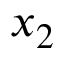
x _ { 2 }